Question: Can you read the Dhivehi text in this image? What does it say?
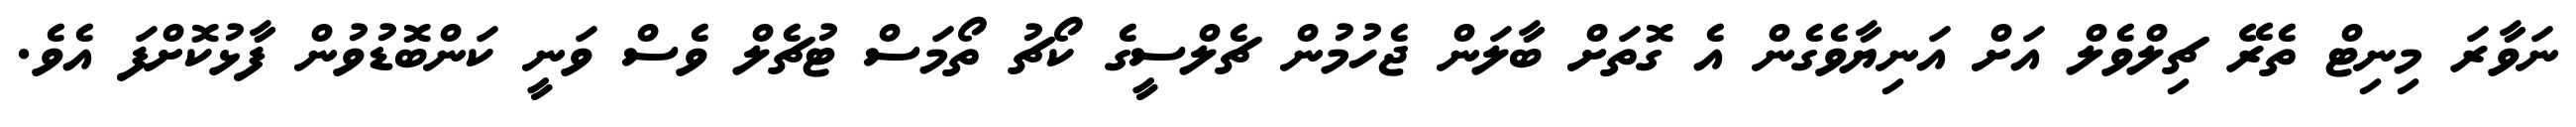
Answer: ނަވާރަ މިނިޓް ތެރޭ ޗިލްވެލް އަށް އަނިޔާވެގެން އެ ގޮތަށް ބާލަން ޖެހުމުން ޗެލްސީގެ ކޯޗު ތޯމަސް ޓުޗެލް ވެސް ވަނީ ކަންބޮޑުވުން ފާޅުކޮށްފަ އެވެ.